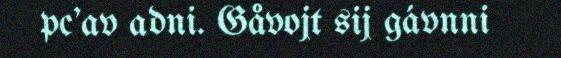
pc'av adni. Gåvojt sij gávnni